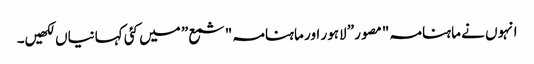
انہوں نے ماہنامہ "مصور” لاہور اور ماہنامہ "شمع” میں کئی کہانیاں لکھیں۔